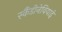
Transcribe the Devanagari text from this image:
स्कैंडीनेवियाई